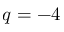
q = - 4